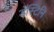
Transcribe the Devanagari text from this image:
डॅस्टिनि